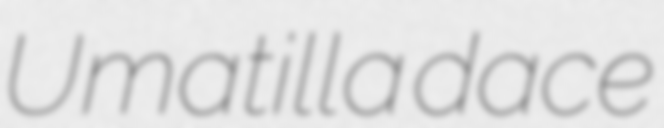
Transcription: Umatilla dace